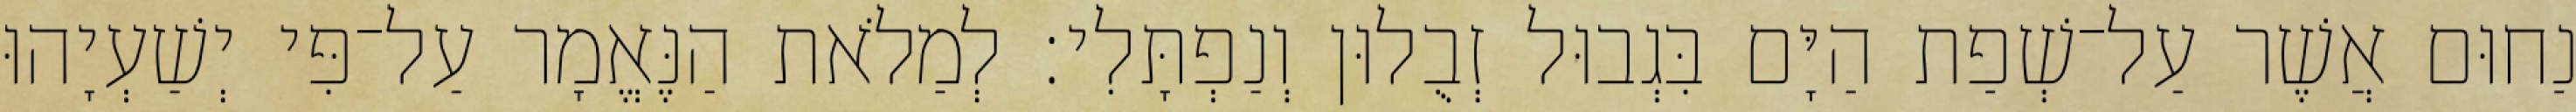
נַחוּם אֲשֶׁר עַל־שְׁפַת הַיָּם בִּגְבוּל זְבֻלוּן וְנַפְתָּלִי׃ לְמַלֹאת הַנֶּאֱמָר עַל־פִּי יְשַׁעְיָהוּ